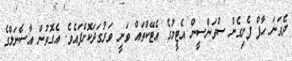
ދެވަނަ ހާފް ފެށިގެން ސްވަންސީން އެޓީމުގެ އެޓޭކްތައް ވަނީ ވަރުގަދަކޮށްފައެވެ. އެގޮތުން އާސެނަލްގެ